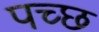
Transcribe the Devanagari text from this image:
पच्‍छ